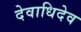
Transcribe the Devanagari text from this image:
देवाधिदेव